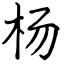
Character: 杨